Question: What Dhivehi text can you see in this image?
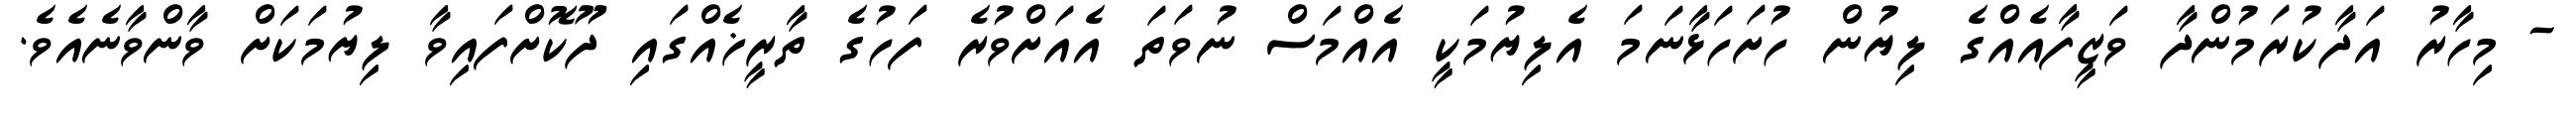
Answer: - މިހާރު އަދާކުރަމުންދާ ވަޒީފާއެއްގެ ލިޔުން ހުށަހަޅާނަމަ އެލިޔުމަކީ އެއްމަސް ނުވަތަ އެއަށްވުރެ ފަހުގެ ތާރީޚެއްގައި ދޫކޮށްފައިވާ ލިޔުމަކަށް ވާންވާނެއެވެ.